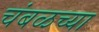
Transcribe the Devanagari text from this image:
चंबळच्या